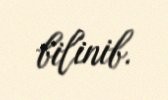
bilinib.